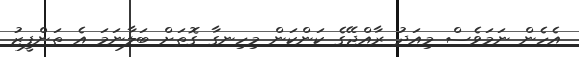
އެހެން ނަމަވެސް މިއަދު ރާއްޖޭގެ ކަންކަން މިހިނގާ ގޮތަށް ބަލާނަމަ އެ ތަންފީޒު